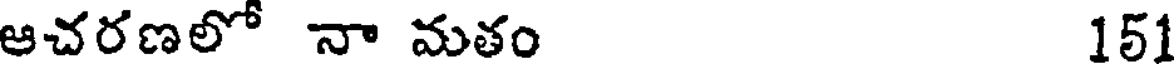
ఆచరణలో నా మతం 151